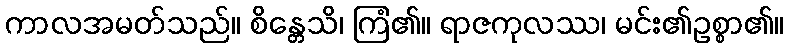
ကာလအမတ်သည်။ စိန္တေသိ၊ ကြံ၏။ ရာဇကုလဿ၊ မင်း၏ဥစ္စာ၏။